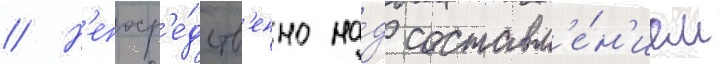
// Н'епоср'е́дств'енно на́д составл'е́н'ием